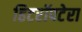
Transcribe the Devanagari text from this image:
हिटरॉपटेरा